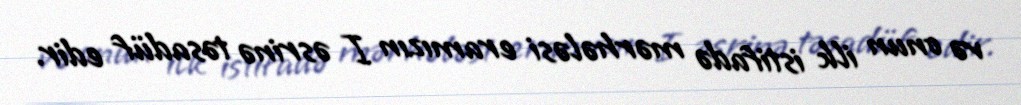
və onun ilk istifadə mərhələsi eramızın I əsrinə təsadüf edir.